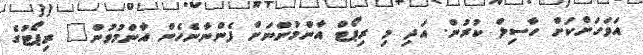
އަވަހަށްކަށް ހާސިލް ކުރުން. އަދި މި ރިޕޯޓް އާންމުންނަށް ފެންނާނެހެން އާންމުވުން" ރިޕޯޓުގެ